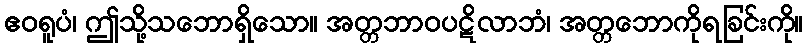
ဧဝရူပံ၊ ဤသို့သဘောရှိသော။ အတ္တဘာဝပဋိလာဘံ၊ အတ္တဘောကိုရခြင်းကို။